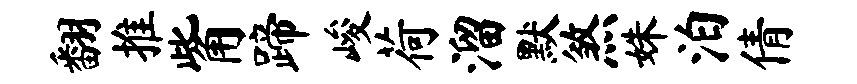
翻推觜蹄峻荷溜默煞姝泊倩